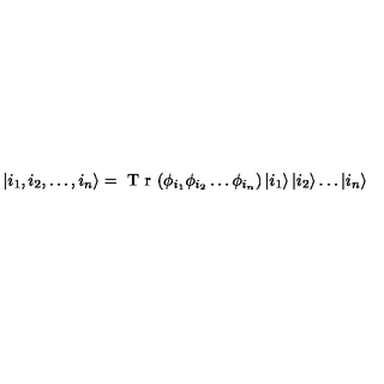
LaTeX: \left| { i _ { 1 } , i _ { 2 } , \ldots , i _ { n } } \right\rangle = { \textnormal { T r } } ( \phi _ { i _ { 1 } } \phi _ { i _ { 2 } } \ldots \phi _ { i _ { n } } ) \left| { i _ { 1 } } \right\rangle \left| { i _ { 2 } } \right\rangle \ldots \left| { i _ { n } } \right\rangle